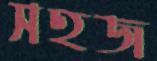
সহজ